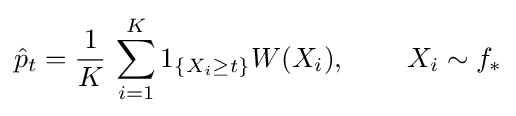
{\hat {p}}_{t}={\frac {1}{K}}\,\sum _{i=1}^{K}1_{\{X_{i}\geq t\}}W(X_{i}),\,\quad \quad X_{i}\sim f_{*}